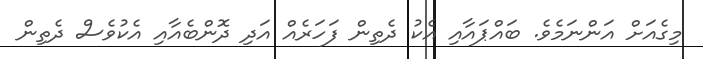
މިގެއަށް އަންނަމެވެ. ބައްޕައާއި އެކު ދެތިން ފަހަރެއް އަދި ދޮންބެއާއި އެކުވެސް ދެތިން